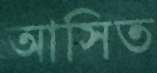
আসিত